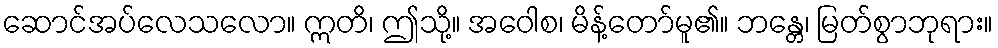
ဆောင်အပ်လေသလော။ ဣတိ၊ ဤသို့။ အဝေါစ၊ မိန့်တော်မူ၏။ ဘန္တေ၊ မြတ်စွာဘုရား။